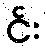
င်း